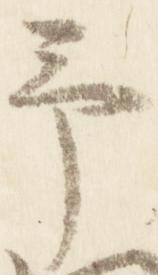
予